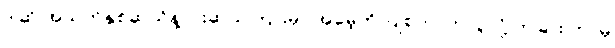
ဒါဆို အသက်နှစ်ဆယ်နဲ့ ငါးဆယ်ကြားမှာ အမေ့ကို ပြုစုတာကလွဲလို့ တခြား ဘာမှ